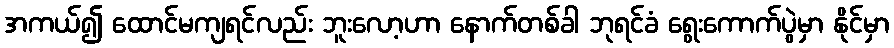
အကယ်၍ ထောင်မကျရင်လည်း ဘူးလော့ဟာ နောက်တစ်ခါ ဘုရင်ခံ ရွေးကောက်ပွဲမှာ နိုင်မှာ